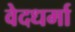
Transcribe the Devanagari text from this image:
वेदधर्मा